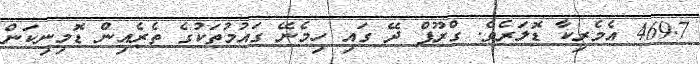
469.7 އެމެރިކާ ޑޮލަރެވެ. ގްރޫޕް ދޭ ގައި ހިމެނޭ ގައުމުތަކުގެ ތެރެއިން ޑޮމިނިކަން